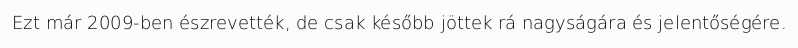
Ezt már 2009-ben észrevették, de csak később jöttek rá nagyságára és jelentőségére.